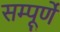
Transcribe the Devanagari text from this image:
सम्पूर्णे